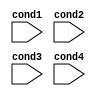
module priority_case (
    input wire cond1,
    input wire cond2,
    input wire cond3,
    input wire cond4
);

reg [3:0] status;

always @* begin
    casez({cond4, cond3, cond2, cond1})
        4'b0001: begin // highest priority
            // code block for condition 1
        end
        4'b001_: begin // second highest priority
            // code block for condition 2
        end
        4'b01__: begin // third highest priority
            // code block for condition 3
        end
        4'b1___: begin // lowest priority
            // code block for condition 4
        end
    endcase
end

endmodule